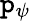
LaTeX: \mathtt{p}_{\psi}